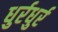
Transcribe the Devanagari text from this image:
धुर्रधुर्र